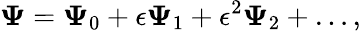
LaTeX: \mathbf{\Psi}=\mathbf{\Psi}_{0}+\epsilon\mathbf{\Psi}_{1}+\epsilon^{2}\mathbf{\Psi}_{2}+\dots,